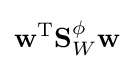
\mathbf {w} ^{\text{T}}\mathbf {S} _{W}^{\phi }\mathbf {w}